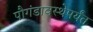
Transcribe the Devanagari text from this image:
पौगंडावस्थेपर्यंत